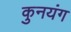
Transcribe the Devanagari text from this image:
कुनयंग